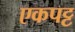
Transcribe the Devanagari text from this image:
एकपट्ट